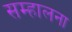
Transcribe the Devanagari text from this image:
सम्हालना